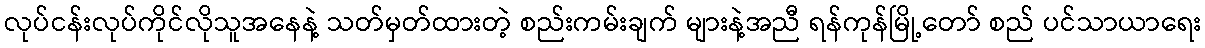
လုပ်ငန်းလုပ်ကိုင်လိုသူအနေနဲ့ သတ်မှတ်ထားတဲ့ စည်းကမ်းချက် များနဲ့အညီ ရန်ကုန်မြို့တော် စည် ပင်သာယာရေး